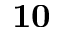
\mathbf { 1 0 }